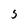
Character: S